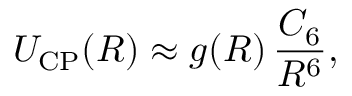
U _ { \mathrm { C P } } ( R ) \approx g ( R ) \, \frac { C _ { 6 } } { R ^ { 6 } } ,